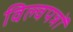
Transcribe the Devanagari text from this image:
विल्वपत्रों